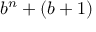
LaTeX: b ^ { n } + ( b + 1 )